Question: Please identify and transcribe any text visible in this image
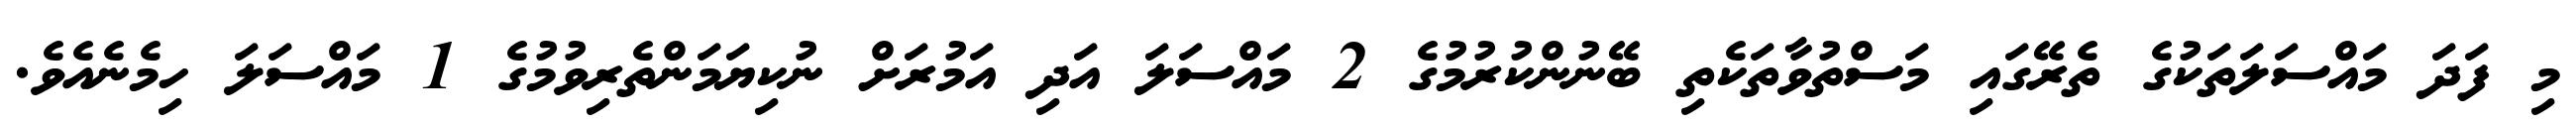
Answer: މި ފަދަ މައްސަލަތަކުގެ ތެރޭގައި މަސްތުވާތަކެތި ބޭނުންކުރުމުގެ 2 މައްސަލަ އަދި އަމުރަށް ނުކިޔަމަންތެރިވުމުގެ 1 މައްސަލަ ހިމެނެއެވެ.